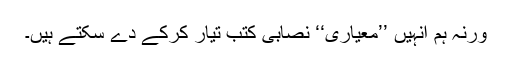
ورنہ ہم انہیں ’’معیاری‘‘ نصابی کتب تیار کرکے دے سکتے ہیں۔